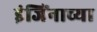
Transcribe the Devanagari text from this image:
इंजिंनाच्या